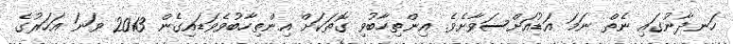
ހަނދާނުގައި ނެތް ނަމަ އަޑުއަށްސަވާށެވެ. އިންތިހާބުވި ގޮތަކަށް އިންތިހާބުވެވަޑައިގެން 2013 ވަނަ އަހަރުގެ